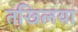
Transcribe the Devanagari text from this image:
तखि़लया